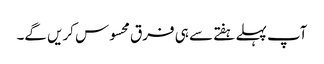
آپ پہلے ہفتے سے ہی فرق محسوس کریں گے۔